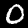
Label: 0